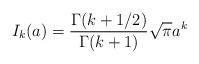
LaTeX: \begin{align*}I_k(a) &= \frac{\Gamma(k+1/2)}{\Gamma(k+1)}\sqrt{\pi} a^k\end{align*}